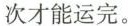
次才能运完。